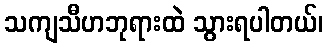
သကျသီဟဘုရားထဲ သွားရပါတယ်၊